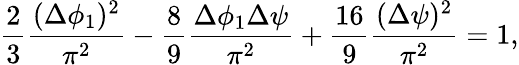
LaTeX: \frac{2}{3}\frac{(\Delta\phi_{1})^{2}}{\pi^{2}}-\frac{8}{9}\frac{\Delta\phi_{1}\Delta\psi}{\pi^{2}}+\frac{16}{9}\frac{(\Delta\psi)^{2}}{\pi^{2}}=1,